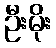
ဦးမိုး